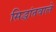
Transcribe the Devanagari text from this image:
सिद्धांतवाले